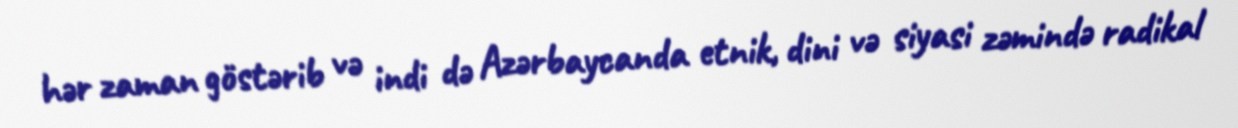
hər zaman göstərib və indi də Azərbaycanda etnik, dini və siyasi zəmində radikal